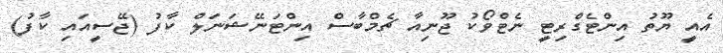
އެއީ ޔޫތު އިންޓެގްރިޓީ ނެޓްވޯކު ޖޫނިއާ ޗެމްބާސް އިންޓަނޭޝަނަލް ކާފު (ޖޭސީއައި ކާފު)